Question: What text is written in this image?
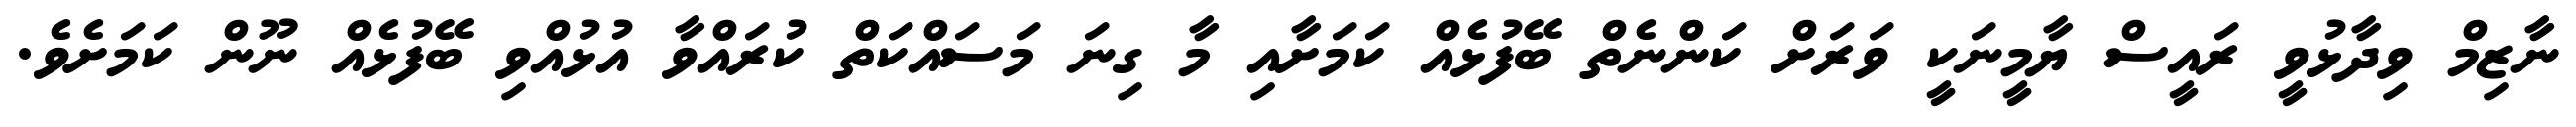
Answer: ނާޒިމް ވިދާޅުވީ ރައީސް ޔާމީނަކީ ވަރަށް ކަންނެތް ބޭފުޅެއް ކަމަށާއި މާ ގިނަ މަސައްކަތް ކުރައްވާ އުޅުއްވި ބޭފުޅެއް ނޫން ކަމަށެވެ.